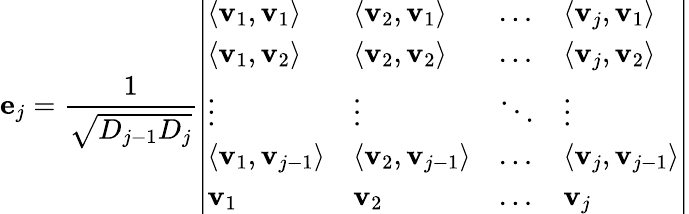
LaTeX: \mathbf{e}_{j}={\frac{1}{\sqrt{D_{j-1}D_{j}}}}{\left|\begin{array}{llll}{\langle\mathbf{v}_{1},\mathbf{v}_{1}\rangle}&{\langle\mathbf{v}_{2},\mathbf{v}_{1}\rangle}&{\dots}&{\langle\mathbf{v}_{j},\mathbf{v}_{1}\rangle}\\ {\langle\mathbf{v}_{1},\mathbf{v}_{2}\rangle}&{\langle\mathbf{v}_{2},\mathbf{v}_{2}\rangle}&{\dots}&{\langle\mathbf{v}_{j},\mathbf{v}_{2}\rangle}\\ {\vdots}&{\vdots}&{\ddots}&{\vdots}\\ {\langle\mathbf{v}_{1},\mathbf{v}_{j-1}\rangle}&{\langle\mathbf{v}_{2},\mathbf{v}_{j-1}\rangle}&{\dots}&{\langle\mathbf{v}_{j},\mathbf{v}_{j-1}\rangle}\\ {\mathbf{v}_{1}}&{\mathbf{v}_{2}}&{\dots}&{\mathbf{v}_{j}}\end{array}\right|}